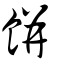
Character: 餅